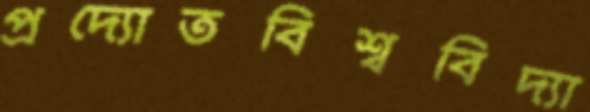
প্রদ্যোতবিশ্ববিদ্যা